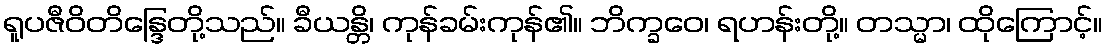
ရူပဇီဝိတိန္ဒြေတို့သည်။ ခီယန္တိ၊ ကုန်ခမ်းကုန်၏။ ဘိက္ခဝေ၊ ရဟန်းတို့။ တသ္မာ၊ ထိုကြောင့်။